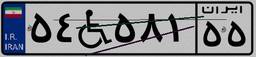
۵۴W۵۸۱۵۵